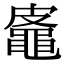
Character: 𪓜